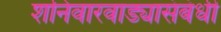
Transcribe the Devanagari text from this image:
शनिवारवाड्यासंबंधी